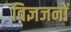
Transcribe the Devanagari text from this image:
विज्ञजनों